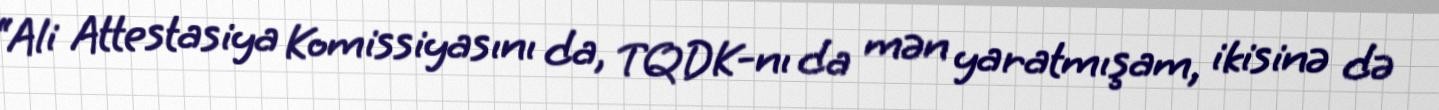
“Ali Attestasiya Komissiyasını da, TQDK-nı da mən yaratmışam, ikisinə də